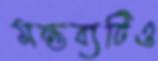
মন্তব্যটিও